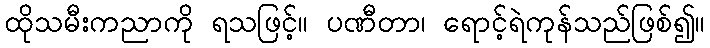
ထိုသမီးကညာကို ရသဖြင့်။ ပဏီတာ၊ ရောင့်ရဲကုန်သည်ဖြစ်၍။